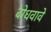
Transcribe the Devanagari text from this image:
बोधवावे